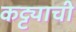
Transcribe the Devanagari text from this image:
कट्ट्याची